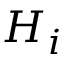
H _ { i }